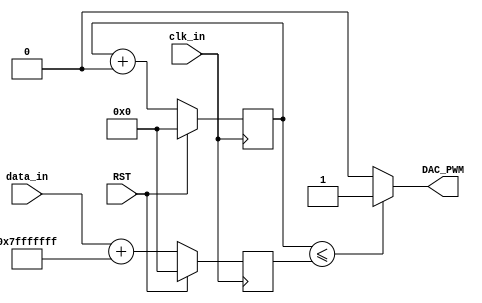
// This program was cloned from: https://github.com/Nitcloud/Digital-IDE
// License: GNU General Public License v3.0

module DAC_PWM #
(
	parameter MAIN_FRE = 500,
	parameter PWM_FRE  = 1000,
	parameter PHASE_WIDTH = 32
)
(
    input                    clk_in,
    input                    RST,
    output                   DAC_PWM,
    input  [PHASE_WIDTH-1:0] data_in
);

localparam [PHASE_WIDTH-1:0] DC_ADD   = (2**(PHASE_WIDTH-1)) - 1;
localparam [PHASE_WIDTH-1:0] FRE_WORD = (2**PHASE_WIDTH)*PWM_FRE/(MAIN_FRE*1000);

reg [PHASE_WIDTH-1:0] addr_r = 0;
always @(posedge clk_in) begin
	if (RST) 
		addr_r <= 0;
	else 
		addr_r <= addr_r + FRE_WORD;
end

reg [PHASE_WIDTH-1:0] duty_r = 0;
always @(posedge clk_in) begin
	if (RST) 
		duty_r <= 32'd0;
	else 
		duty_r <= $signed(data_in) + DC_ADD;
end

assign DAC_PWM = (addr_r <= duty_r) ? 1'b1 : 1'b0;

endmodule